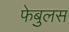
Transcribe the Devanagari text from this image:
फेबुलस